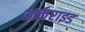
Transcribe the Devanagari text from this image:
आर्कराइड